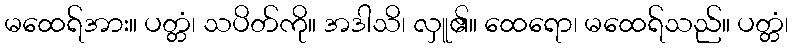
မထေရ်အား။ ပတ္တံ၊ သပိတ်ကို။ အဒါသိ၊ လှူ၏။ ထေရော၊ မထေရ်သည်။ ပတ္တံ၊